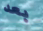
بعد